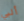
ألبي